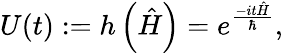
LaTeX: U(t):=h\left({\hat{H}}\right)=e^{\frac{-it{\hat{H}}}{\hbar}},